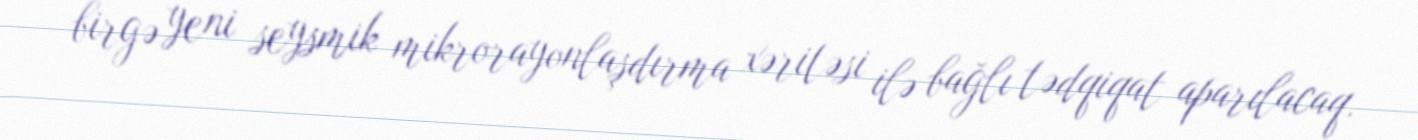
birgə yeni seysmik mikrorayonlaşdırma xəritəsi ilə bağlı tədqiqat aparılacaq.